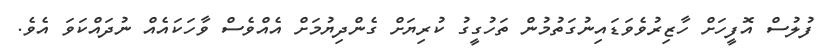
ފުލުސް އޮފީހަށް ހާޒިރުވެވަޑައިނުގަތުމުން ތަހުގީގު ކުރިޔަށް ގެންދިޔުމަށް އެއްވެސް ވާހަކައެއް ނުދައްކަވަ އެވެ.